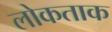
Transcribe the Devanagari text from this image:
लोकताक